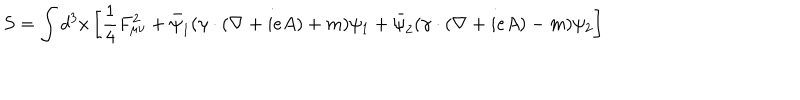
LaTeX: S = \int d ^ { 3 } x \left[ \frac { 1 } { 4 } F _ { \mu \nu } ^ { 2 } + \bar { \psi } _ { 1 } ( \gamma \cdot ( \nabla + i e A ) + m ) \psi _ { 1 } + \bar { \psi } _ { 2 } ( \gamma \cdot ( \nabla + i e A ) - m ) \psi _ { 2 } \right]